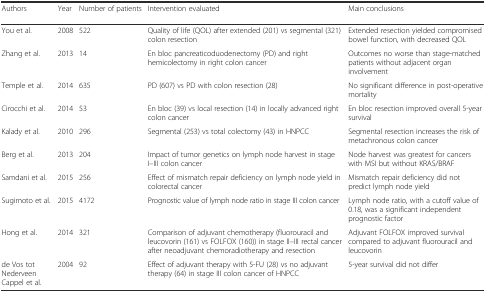
<table><thead><tr><td><b>Authors</b></td><td><b>Year</b></td><td><b>Number of patients</b></td><td><b>Intervention evaluated</b></td><td><b>Main conclusions</b></td></tr></thead><tbody><tr><td>You et al.</td><td>2008</td><td>522</td><td>Quality of life (QOL) after extended (201) vs segmental (321) colon resection</td><td>Extended resection yielded compromised bowel function, with decreased QOL</td></tr><tr><td>Zhang et al.</td><td>2013</td><td>14</td><td>En bloc pancreaticoduodenectomy (PD) and right hemicolectomy in right colon cancer</td><td>Outcomes no worse than stage-matched patients without adjacent organ involvement</td></tr><tr><td>Temple et al.</td><td>2014</td><td>635</td><td>PD (607) vs PD with colon resection (28)</td><td>No significant difference in post-operative mortality</td></tr><tr><td>Cirocchi et al.</td><td>2014</td><td>53</td><td>En bloc (39) vs local resection (14) in locally advanced right colon cancer</td><td>En bloc resection improved overall 5-year survival</td></tr><tr><td>Kalady et al.</td><td>2010</td><td>296</td><td>Segmental (253) vs total colectomy (43) in HNPCC</td><td>Segmental resection increases the risk of metachronous colon cancer</td></tr><tr><td>Berg et al.</td><td>2013</td><td>204</td><td>Impact of tumor genetics on lymph node harvest in stage I–III colon cancer</td><td>Node harvest was greatest for cancers with MSI but without KRAS/BRAF</td></tr><tr><td>Samdani et al.</td><td>2015</td><td>256</td><td>Effect of mismatch repair deficiency on lymph node yield in colorectal cancer</td><td>Mismatch repair deficiency did not predict lymph node yield</td></tr><tr><td>Sugimoto et al.</td><td>2015</td><td>4172</td><td>Prognostic value of lymph node ratio in stage III colon cancer</td><td>Lymph node ratio, with a cutoff value of 0.18, was a significant independent prognostic factor</td></tr><tr><td>Hong et al.</td><td>2014</td><td>321</td><td>Comparison of adjuvant chemotherapy (fluorouracil and leucovorin (161) vs FOLFOX (160)) in stage II–III rectal cancer after neoadjuvant chemoradiotherapy and resection</td><td>Adjuvant FOLFOX improved survival compared to adjuvant fluorouracil and leucovorin</td></tr><tr><td>de Vos tot Nederveen Cappel et al.</td><td>2004</td><td>92</td><td>Effect of adjuvant therapy with 5-FU (28) vs no adjuvant therapy (64) in stage III colon cancer of HNPCC</td><td>5-year survival did not differ</td></tr></tbody></table>